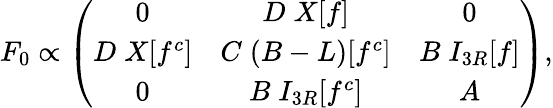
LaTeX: F_{0}\propto\left(\begin{array}{ccc}{{0}}&{{D\; X[f]}}&{{0}}\\ {{D\; X[f^{c}]}}&{{C\; (B-L)[f^{c}]}}&{{B\; I_{3R}[f]}}\\ {{0}}&{{B\; I_{3R}[f^{c}]}}&{{A}}\end{array}\right),